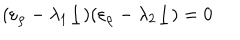
LaTeX: ( \varepsilon _ { \rho } - \lambda _ { 1 } \underline { { { 1 } } } ) ( \varepsilon _ { \rho } - \lambda _ { 2 } \underline { { { 1 } } } ) = 0